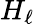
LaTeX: H_{\ell}